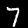
Digit: 7